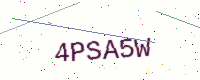
Text: 4PSA5W